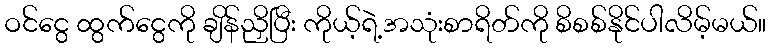
ဝင်ငွေ ထွက်ငွေကို ချိန်ညှိပြီး ကိုယ့်ရဲ့အသုံးစာရိတ်ကို စိစစ်နိုင်ပါလိမ့်မယ်။